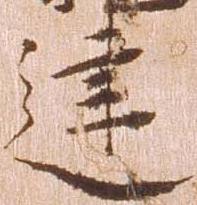
建